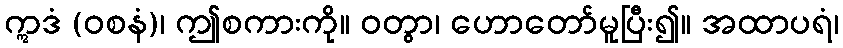
ဣဒံ (ဝစနံ)၊ ဤစကားကို။ ဝတွာ၊ ဟောတော်မူပြီး၍။ အထာပရံ၊